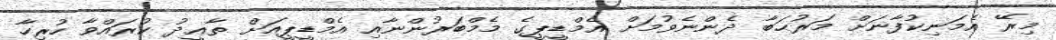
މިރޭ އެމަނިކުފާނަށް މަރުޙަބާ ދެންނެވުމަށް އެމްޑީޕީގެ މެމްބަރުންނާއި އެމްޑީޕީއަށް ތާޢީދު ކުރައްވާ ހުރިހާ